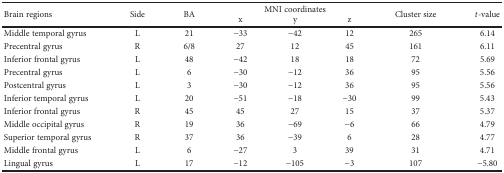
| <ROWSPAN=2> Brain regions | <ROWSPAN=2> Side | <ROWSPAN=2> BA | <COLSPAN=3> MNI coordinates | <ROWSPAN=2> Cluster size | <ROWSPAN=2> t-value |
 | x | y | z |
 | --- | --- | --- | --- | --- | --- | --- | --- |
 | Middle temporal gyrus | L | 21 | −33 | −42 | 12 | 265 | 6.14 |
 | Precentral gyrus | R | 6/8 | 27 | 12 | 45 | 161 | 6.11 |
 | Inferior frontal gyrus | L | 48 | −42 | 18 | 18 | 72 | 5.69 |
 | Precentral gyrus | L | 6 | −30 | −12 | 36 | 95 | 5.56 |
 | Postcentral gyrus | L | 3 | −30 | −12 | 36 | 95 | 5.56 |
 | Inferior temporal gyrus | L | 20 | −51 | −18 | −30 | 99 | 5.43 |
 | Inferior frontal gyrus | R | 45 | 45 | 27 | 15 | 37 | 5.37 |
 | Middle occipital gyrus | R | 19 | 36 | −69 | −6 | 66 | 4.79 |
 | Superior temporal gyrus | R | 37 | 36 | −39 | 6 | 28 | 4.77 |
 | Middle frontal gyrus | L | 6 | −27 | 3 | 39 | 31 | 4.71 |
 | Lingual gyrus | L | 17 | −12 | −105 | −3 | 107 | −5.80 |